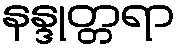
နန္ဒုတ္တရာ